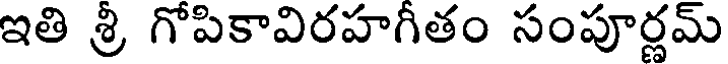
ఇతి శ్రి గోపికావిరహగీతం సంపూర్ణమ్